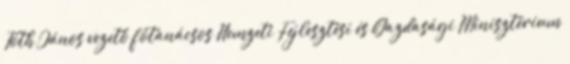
Tóth János vezető főtanácsos Nemzeti Fejlesztési és Gazdasági Minisztérium